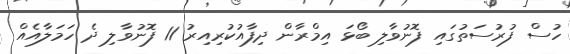
ހުސް ފުރުސަތުގައި ފޮނުވާލި ބޯޅަ އިމްރާން ދިފާއުކުރިއިރު 11 ފޮނުވާލި ދެ ހަމަލާއެއް